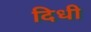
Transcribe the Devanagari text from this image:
दिधी